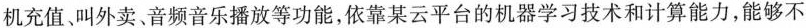
机充值、叫外卖。音频音乐播放等功能，依靠某云平台的机器学习技术和计算能力，能够不